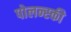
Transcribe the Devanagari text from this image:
पोलन्स्की